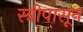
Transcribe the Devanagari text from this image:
स्त्रीपासून